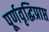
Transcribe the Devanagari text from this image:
पूर्णवृद्धिप्राप्त